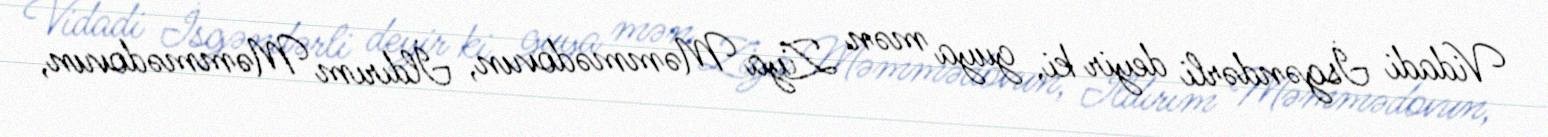
Vidadi İsgəndərli deyir ki, guya mən Ziya Məmmədovun, İldırım Məmmədovun,